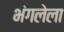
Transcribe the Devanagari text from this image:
भंगलेला